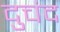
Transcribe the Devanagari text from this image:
दुचंद